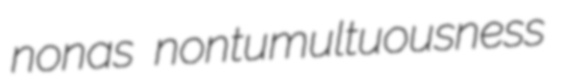
nonas nontumultuousness